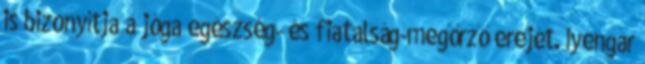
is bizonyítja a jóga egészség- és fiatalság-megőrző erejét. Iyengar